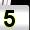
Digit: 5